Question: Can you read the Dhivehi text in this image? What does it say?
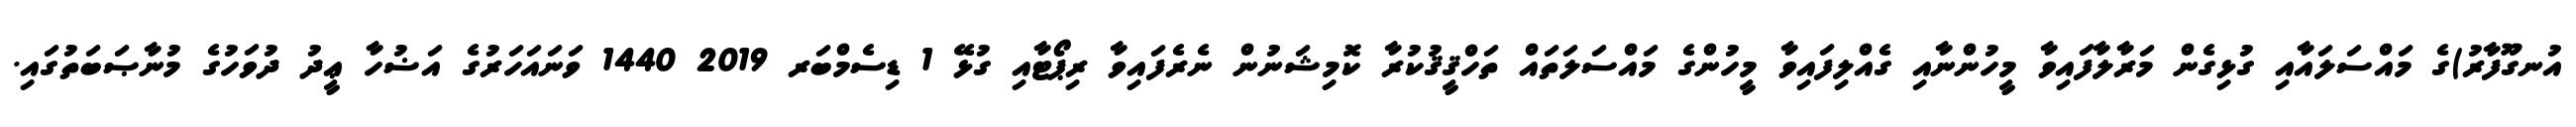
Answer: އުނގޫފާރު)ގެ މައްސަލައާއި ގުޅިގެން މަރާލާފައިވާ މީހުންނާއި ގެއްލިފައިވާ މީހުންގެ މައްސަލަތައް ތަހްޤީޤުކުރާ ކޮމިޝަނުން ނެރެފައިވާ ރިޕޯޓާއި ގުޅޭ 1 ޑިސެމްބަރ 2019 1440 ވަނައަހަރުގެ އަޟުހާ ޢީދު ދުވަހުގެ މުނާޞަބަތުގައި.